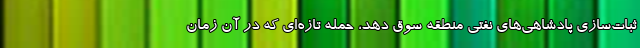
ثبات‌سازی پادشاهی‌های نفتی منطقه سوق دهد، حمله تازه‌ای که در آن زمان